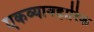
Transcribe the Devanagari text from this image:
एकव्यावहारिक